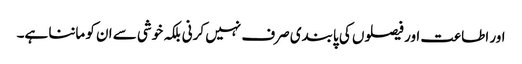
اور اطاعت اور فیصلوں کی پابندی صرف نہیں کرنی بلکہ خوشی سے ان کو ماننا ہے۔